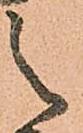
之